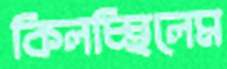
কিলচ্ছিলেম